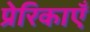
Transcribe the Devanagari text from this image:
प्रेरिकाएँ